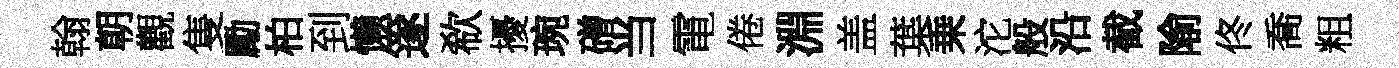
翰朝觀隻勵柏到懒篴欷擾琬磳当電倦淵盖葉乗沱般沿截隃佟喬粗